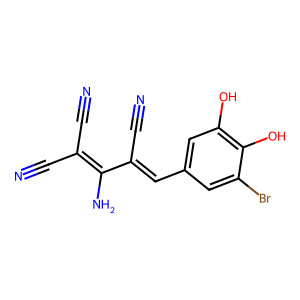
SMILES: N#CC(=Cc1cc(O)c(O)c(Br)c1)C(N)=C(C#N)C#N
Inhibits HIV replication: No